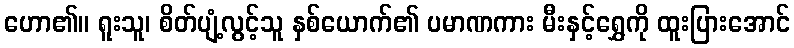
ဟော၏။ ရူးသူ၊ စိတ်ပျံ့လွင့်သူ နှစ်ယောက်၏ ပမာဏကား မီးနှင့်ရွှေကို ထူးပြားအောင်